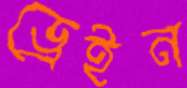
ড্রেইন